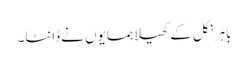
باہر نکل کے کھیلا ہمسایوں نے ڈانٹا۔